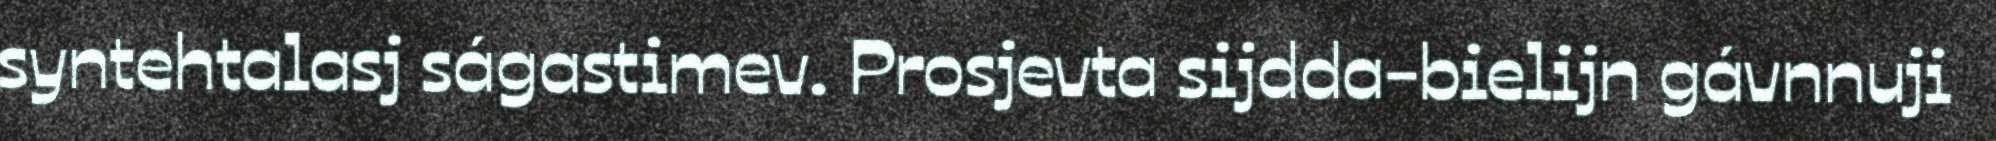
syntehtalasj ságastimev. Prosjevta sijdda-bielijn gávnnuji